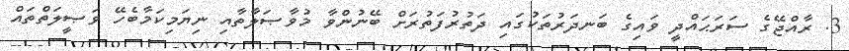
3. ރާއްޖޭގެ ސަރަޙައްދީ ވައިގެ ބަނދަރުތަކުގައި ދަތުރުފަތުރަށް ބޭނުންވާ މުވާޞަލާތާއި ނިޔަމިކަމާބެހޭ ވަޞީލަތްތައް